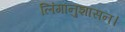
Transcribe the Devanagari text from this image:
लिंगानुशासन।